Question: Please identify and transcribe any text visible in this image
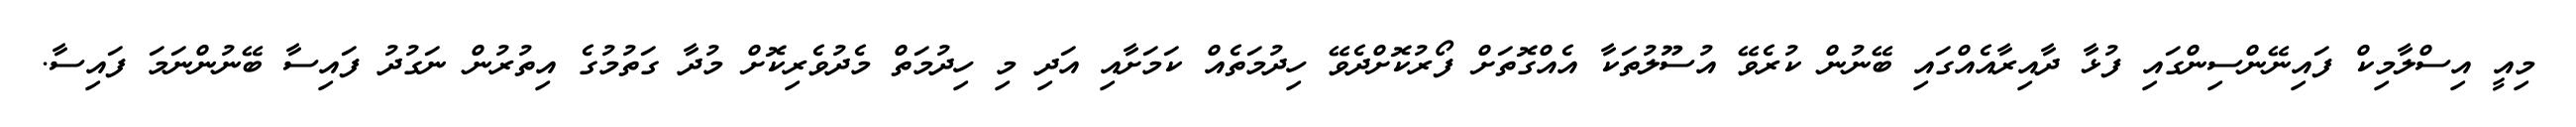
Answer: މިއީ އިސްލާމިކް ފައިނޭންސިންގައި ފުޅާ ދާއިރާއެއްގައި ބޭނުން ކުރެވޭ އުސޫލުތަކާ އެއްގޮތަށް ފޯރުކޮށްދެވޭ ހިދުމަތެއް ކަމަށާއި އަދި މި ހިދުމަތް މެދުވެރިކޮށް މުދާ ގަތުމުގެ އިތުރުން ނަގުދު ފައިސާ ބޭނުންނަމަ ފައިސާ.